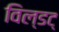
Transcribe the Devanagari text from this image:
विल्डट्